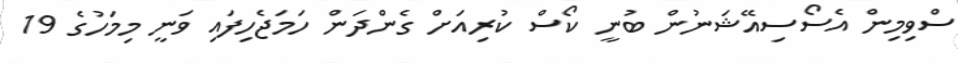
ސްވިމިން އެސޯސިއޭޝަނުން ބުނީ ކޯސް ކުރިއަށް ގެންދަން ހަމަޖެހިފައި ވަނީ މިމަހުގެ 19